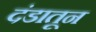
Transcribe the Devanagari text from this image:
दंडातून